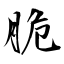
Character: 脆